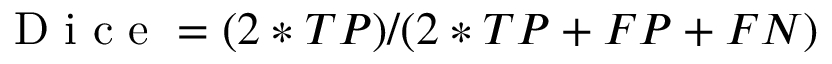
\mathrm { ~ D ~ i ~ c ~ e ~ } = ( 2 * T P ) / ( 2 * T P + F P + F N )